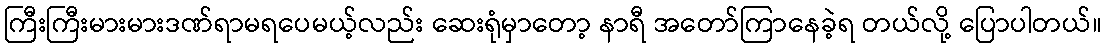
ကြီးကြီးမားမားဒဏ်ရာမရပေမယ့်လည်း ဆေးရုံမှာတော့ နာရီ အတော်ကြာနေခဲ့ရ တယ်လို့ ပြောပါတယ်။